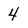
Character: 4